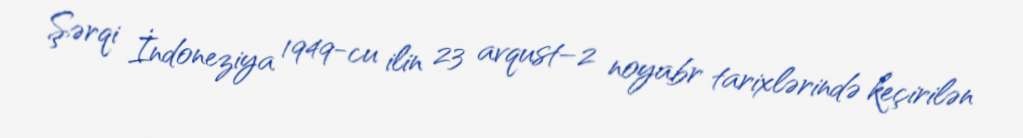
Şərqi İndoneziya 1949-cu ilin 23 avqust–2 noyabr tarixlərində keçirilən